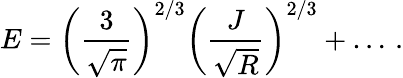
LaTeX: E=\left(\frac{3}{\sqrt{\pi}}\right)^{2/3}\left(\frac{J}{\sqrt{R}}\right)^{2/3}+\ldots\, .